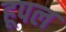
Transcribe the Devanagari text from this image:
हूपल